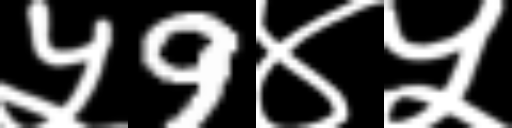
Text: ५9४५